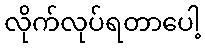
လိုက်လုပ်ရတာပေါ့